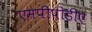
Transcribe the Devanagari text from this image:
एमपीपीडीए